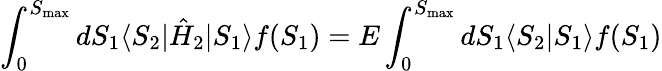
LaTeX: \int_{0}^{S_{\textrm{max}}}dS_{1}\langle S_{2}|\hat{H}_{2}|S_{1}\rangle f(S_{1})=E\int_{0}^{S_{\textrm{max}}}dS_{1}\langle S_{2}|S_{1}\rangle f(S_{1})